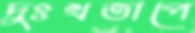
দুঃখতাপে